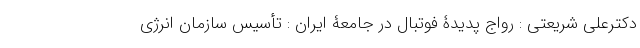
دکترعلی شریعتی : رواج پدیدۀ فوتبال در جامعۀ ایران : تأسیس سازمان انرژی